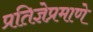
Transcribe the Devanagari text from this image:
प्रतिज्ञेप्रमाणे